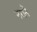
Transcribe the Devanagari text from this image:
नराने